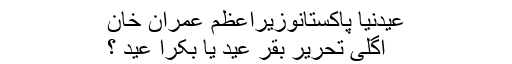
عیدنیا پاکستانوزیراعظم عمران خان
اگلی تحریر بقر عید یا بکرا عید ؟